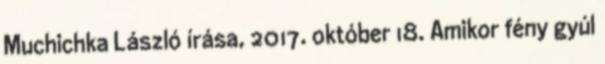
Muchichka László írása, 2017. október 18. Amikor fény gyúl